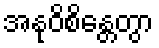
အနုဝိစိန္တေတွာ